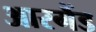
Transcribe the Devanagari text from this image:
आरगैंड